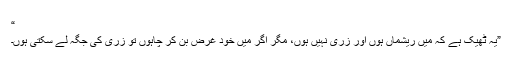
“
”یہ ٹھیک ہے کہ میں ریشماں ہوں اور زری نہیں ہوں، مگر اگر میں خود غرض بن کر چاہوں تو زری کی جگہ لے سکتی ہوں۔